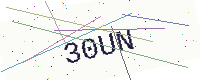
Text: 30UN